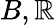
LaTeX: B,\mathbb{R}